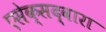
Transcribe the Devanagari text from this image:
एसेक्सद्वारा